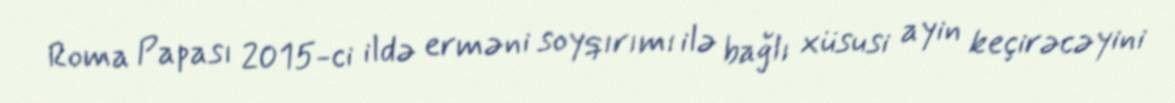
Roma Papası 2015-ci ildə erməni soyqırımı ilə bağlı xüsusi ayin keçirəcəyini